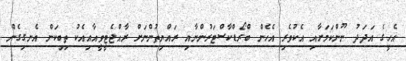
އެހީގެ އަދަދު ނޫންކަމަށާއި އެކުވެރި އެހެން ބްރޯޑްކާސްޓަރުންނާއި ރައްޔިތުންނަށް ރާއްޖެޓީވީއާއިއެކު ތިބިކަން އެނގިގެން